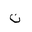
Letter: _non